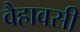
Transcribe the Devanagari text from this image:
वैहावसी